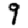
Digit: 9